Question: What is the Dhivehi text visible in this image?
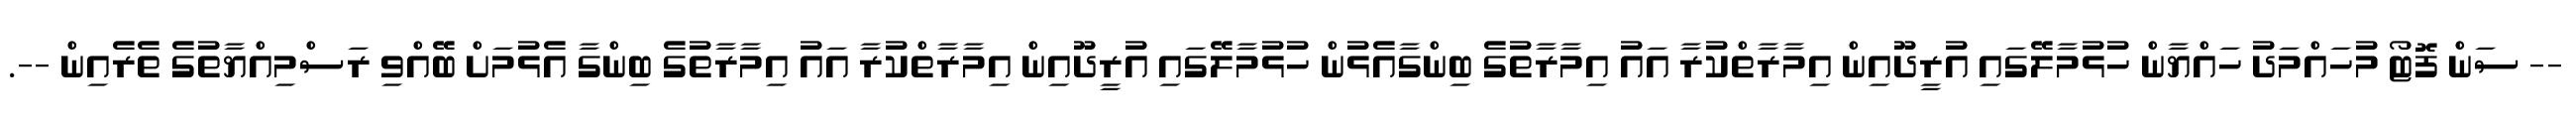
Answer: -- ސަން ފޮޓޯ މުހައްމަދު ހައްޔާން ހުޅުމާލޭގައި އުރީދޫއިން އިމާރާތްކުރާ އައު އިމާރާތުގެ ބިންގާއެޅުން ހުޅުމާލޭގައި އުރީދޫއިން އިމާރާތްކުރާ އައު އިމާރާތުގެ ބިންގާ އެޅުމަށް ބޭއްވި ރަސްމިއްޔާތުގެ ތެރެއިން --.